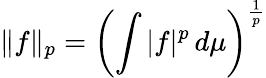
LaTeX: \| f\| _{p}=\left(\int|f|^{p}\, d\mu\right)^{\frac{1}{p}}